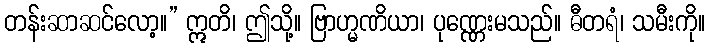
တန်းဆာဆင်လော့။” ဣတိ၊ ဤသို့။ ဗြာဟ္မဏိယာ၊ ပုဏ္ဏေးမသည်။ ဓီတရံ၊ သမီးကို။